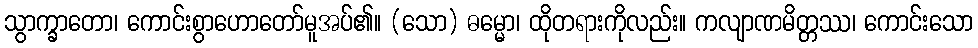
သွာက္ခာတော၊ ကောင်းစွာဟောတော်မူအပ်၏။ (သော) ဓမ္မော၊ ထိုတရားကိုလည်း။ ကလျာဏမိတ္တဿ၊ ကောင်းသော